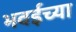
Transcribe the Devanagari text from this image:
भवईच्या